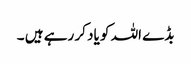
بڈے اللہ کو یاد کر رہے ہیں ۔